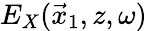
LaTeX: E_{X}(\vec{x}_{1},z,\omega)